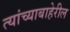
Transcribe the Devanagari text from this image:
त्यांच्याबाहेरील